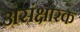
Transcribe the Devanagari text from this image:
असंक्षारक